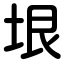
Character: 垠